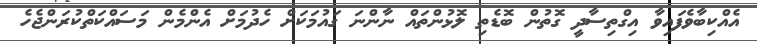
އެއްކިބާވެފައިވާ އިގްތިސާދީ ގޮތުން ބޮޑެތި ލޮޅުންތައް ނާންނަ ގައުމަކަށް ހެދުމަށް އެންމެން މަސައްކަތްކުރަންޖެހެ